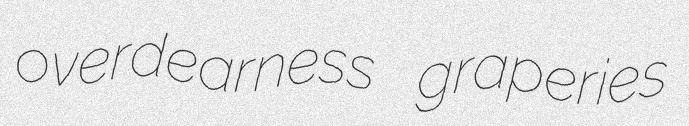
overdearness graperies